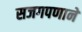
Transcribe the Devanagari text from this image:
सजगपणाने